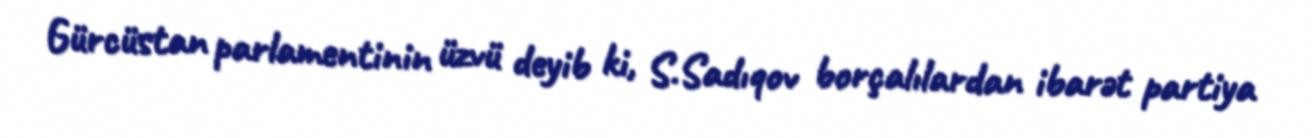
Gürcüstan parlamentinin üzvü deyib ki, S.Sadıqov borçalılardan ibarət partiya